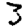
Digit: 3